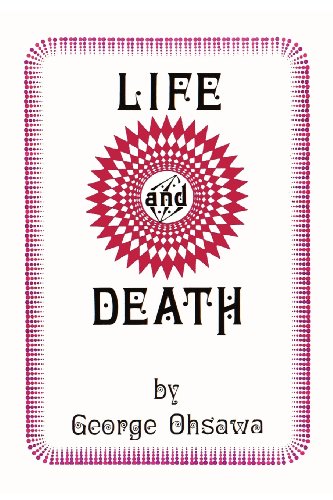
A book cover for Life and Death; George Ohsawa; Health, Fitness & Dieting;